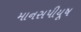
માનસપીયૂષ